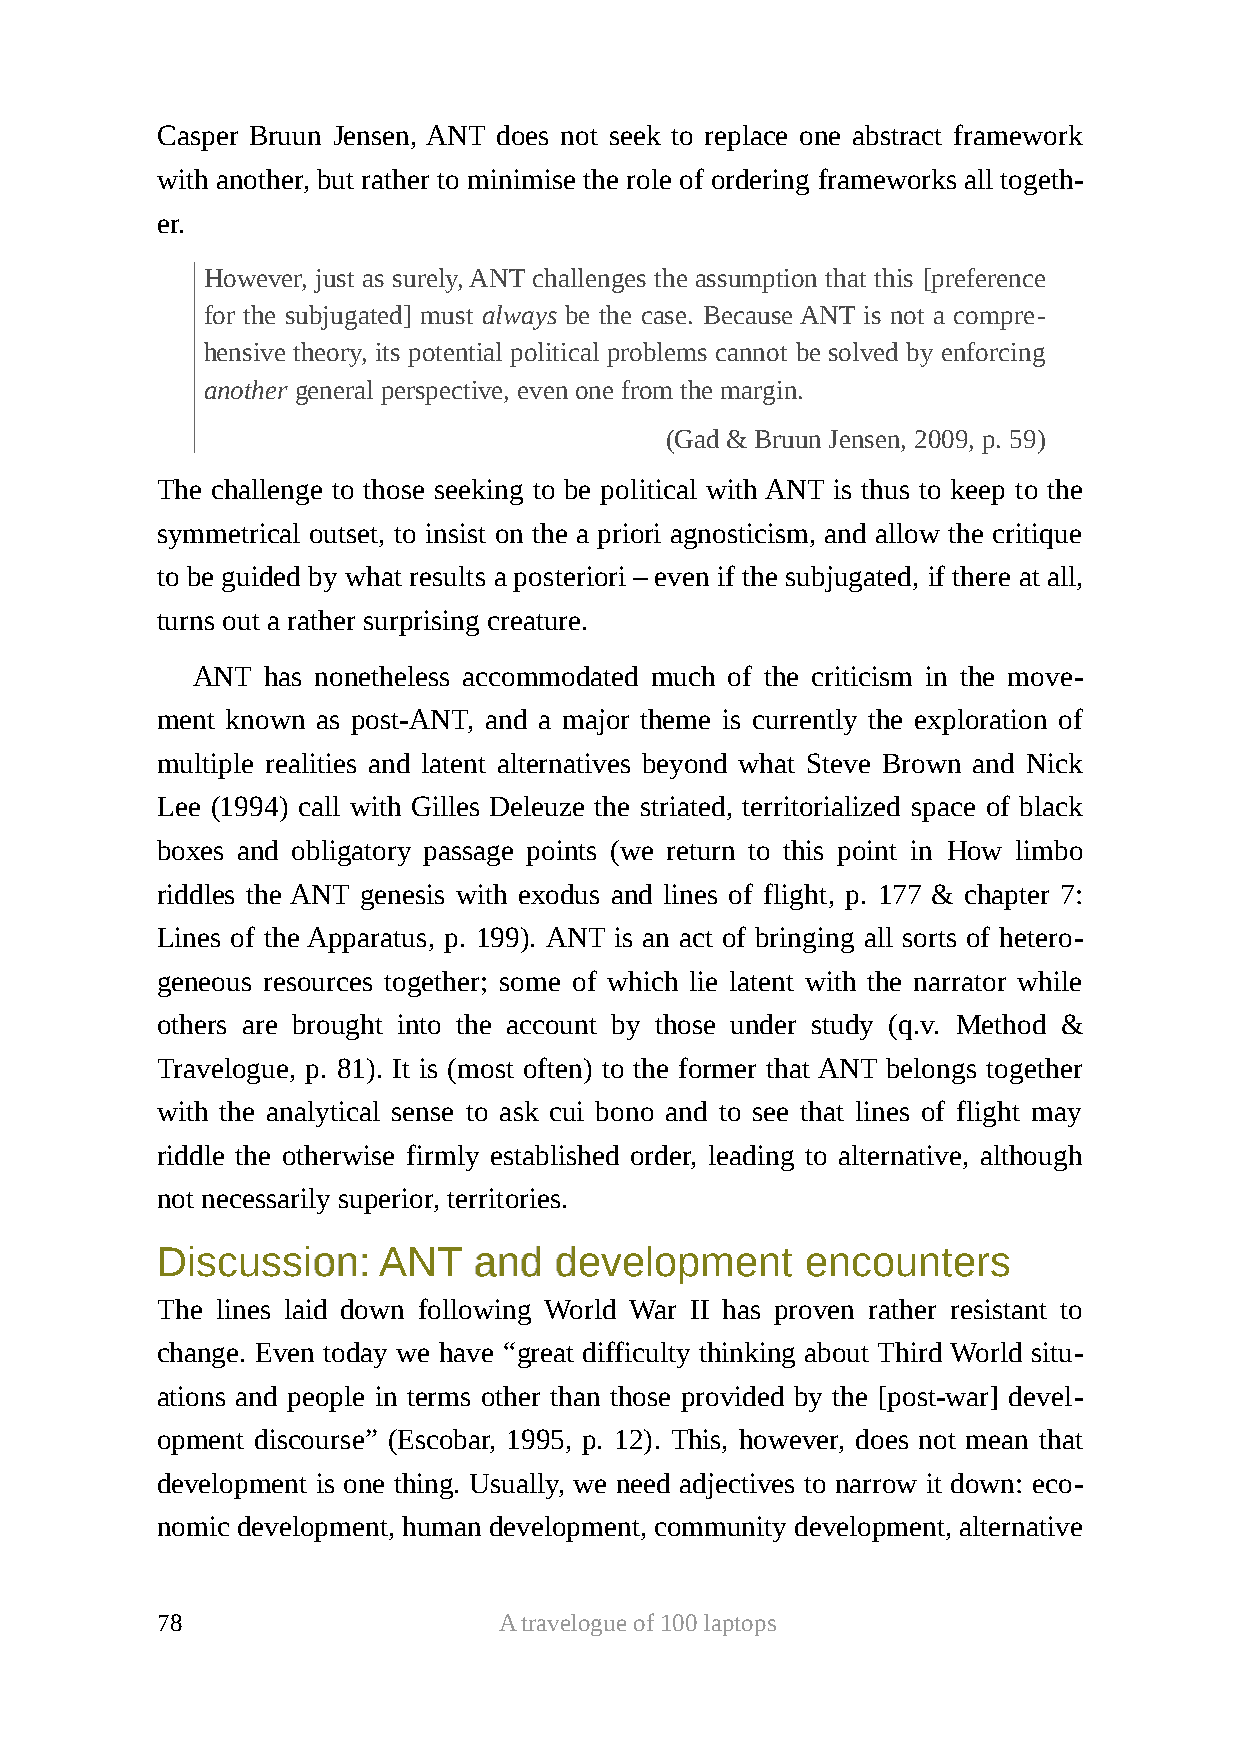
Casper Bruun Jensen, ANT does not seek to replace one abstract framework
 with another, but rather to minimise the role of ordering frameworks all togeth-
 er.
 However, just as surely, ANT challenges the assumption that this [preference
 for the subjugated] must always be the case. Because ANT is not a compre-
 hensive theory, its potential political problems cannot be solved by enforcing
 another general perspective, even one from the margin.
 (Gad & Bruun Jensen, 2009, p. 59)
 The challenge to those seeking to be political with ANT is thus to keep to the
 symmetrical outset, to insist on the a priori agnosticism, and allow the critique
 to be guided by what results a posteriori – even if the subjugated, if there at all,
 turns out a rather surprising creature.
 ANT  has nonetheless accommodated much of the criticism in the move-
 ment known as post-ANT, and a major theme is currently the exploration of
 multiple realities and latent alternatives beyond what Steve Brown and Nick
 Lee (1994) call with Gilles Deleuze the striated, territorialized space of black
 boxes and obligatory passage points (we return to this point in How limbo
 riddles the ANT genesis with exodus and lines of flight, p. 177 & chapter 7:
 Lines of the Apparatus, p. 199). ANT is an act of bringing all sorts of hetero-
 geneous resources together; some of which lie latent with the narrator while
 others are brought into the account by those under study (q.v. Method &
 Travelogue, p. 81). It is (most often) to the former that ANT belongs together
 with the analytical sense to ask cui bono and to see that lines of flight may
 riddle the otherwise firmly established order, leading to alternative, although
 not necessarily superior, territories.
 DDiissccuussssiioonn:: AANNTT aanndd ddeevveellooppmmeenntt eennccoouunntteerrss
 The lines laid down following World War II has proven rather resistant to
 change. Even today we have “great difficulty thinking about Third World situ-
 ations and people in terms other than those provided by the [post-war] devel-
 opment discourse” (Escobar, 1995, p. 12). This, however, does not mean that
 development is one thing. Usually, we need adjectives to narrow it down: eco-
 nomic development, human development, community development, alternative
 78                     A travelogue of 100 laptops